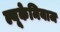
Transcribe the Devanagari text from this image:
ल्यूकेमियाज